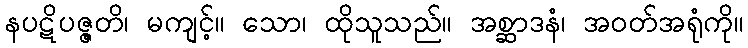
နပဋိပဇ္ဇတိ၊ မကျင့်။ သော၊ ထိုသူသည်။ အစ္ဆာဒနံ၊ အဝတ်အရုံကို။